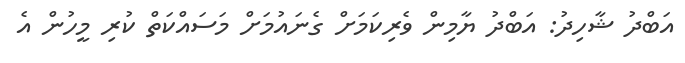
އަބްދު ޝާހިދު: އަބްދު ޔާމިން ވެރިކަމަށް ގެނައުމަށް މަސައްކަތް ކުރި މީހުން އެ